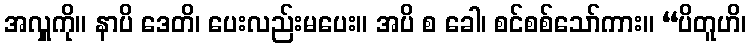
အလှူကို။ နာပိ ဒေတိ၊ ပေးလည်းမပေး။ အပိ စ ခေါ၊ စင်စစ်သော်ကား။ “ပိတူဟိ၊